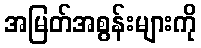
အမြတ်အစွန်းများကို